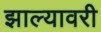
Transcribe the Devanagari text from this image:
झाल्यावरी